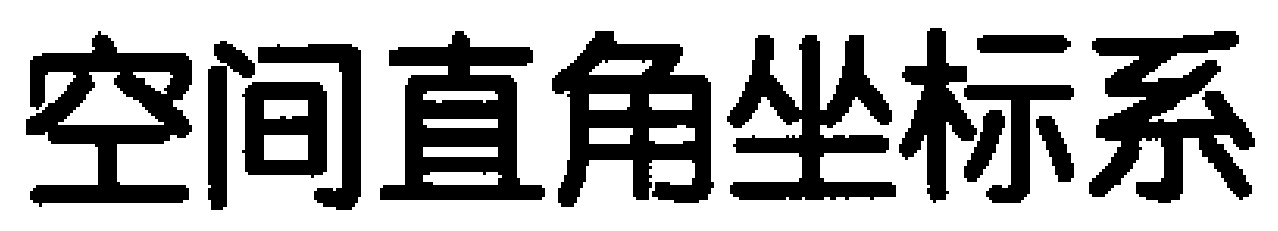
空间直角坐标系